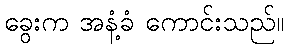
ခွေးက အနံ့ခံ ကောင်းသည်။